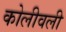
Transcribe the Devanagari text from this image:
कोलीवली